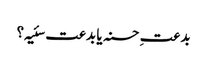
بدعتِ حسنہ یا بدعت سئیہ؟